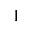
^ 1